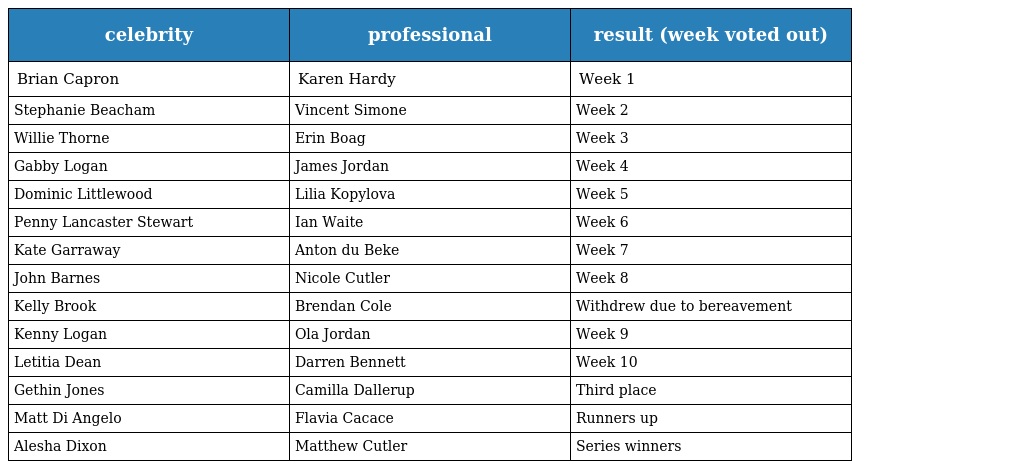
| celebrity | professional | result (week voted out) |
 | --- | --- | --- |
 | Brian Capron | Karen Hardy | Week 1 |
 | Stephanie Beacham | Vincent Simone | Week 2 |
 | Willie Thorne | Erin Boag | Week 3 |
 | Gabby Logan | James Jordan | Week 4 |
 | Dominic Littlewood | Lilia Kopylova | Week 5 |
 | Penny Lancaster Stewart | Ian Waite | Week 6 |
 | Kate Garraway | Anton du Beke | Week 7 |
 | John Barnes | Nicole Cutler | Week 8 |
 | Kelly Brook | Brendan Cole | Withdrew due to bereavement |
 | Kenny Logan | Ola Jordan | Week 9 |
 | Letitia Dean | Darren Bennett | Week 10 |
 | Gethin Jones | Camilla Dallerup | Third place |
 | Matt Di Angelo | Flavia Cacace | Runners up |
 | Alesha Dixon | Matthew Cutler | Series winners |